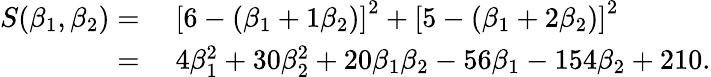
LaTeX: \begin{array}{rl}{S(\beta_{1},\beta_{2})={}}&{{}\left[6-(\beta_{1}+1\beta_{2})\right]^{2}+\left[5-(\beta_{1}+2\beta_{2})\right]^{2}}\\ {={}}&{{}4\beta_{1}^{2}+30\beta_{2}^{2}+20\beta_{1}\beta_{2}-56\beta_{1}-154\beta_{2}+210.}\end{array}